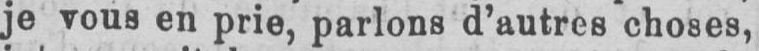
je vous en prie, parlons d’autres choses,